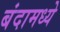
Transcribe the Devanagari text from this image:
बंदामध्ये